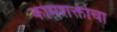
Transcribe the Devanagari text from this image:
कामशक्तीचा